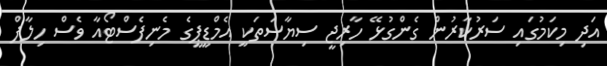
އަދި މިކަމުގައި ސަރުކާރުން ގެންގުޅޭ ހާރިޖީ ސިޔާސަތަކީ އެމްޑީޕީގެ މެނިފެސްޓޯއާ ވެސް ހިލާފް